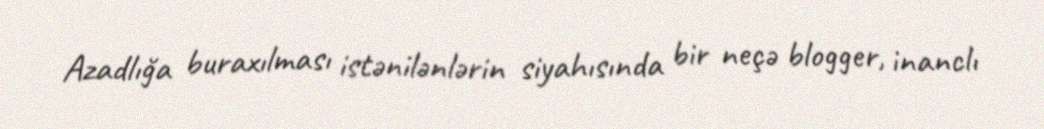
Azadlığa buraxılması istənilənlərin siyahısında bir neçə blogger, inanclı